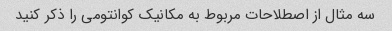
سه مثال از اصطلاحات مربوط به مکانیک کوانتومی را ذکر کنید